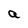
Character: a